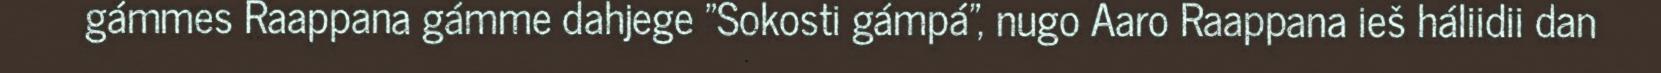
gámmes Raappana gámme dahjege "Sokosti gámpá", nugo Aaro Raappana ieš háliidii dan